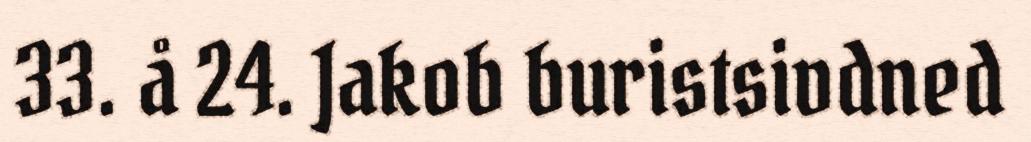
33. å 24. Jakob buristsivdned